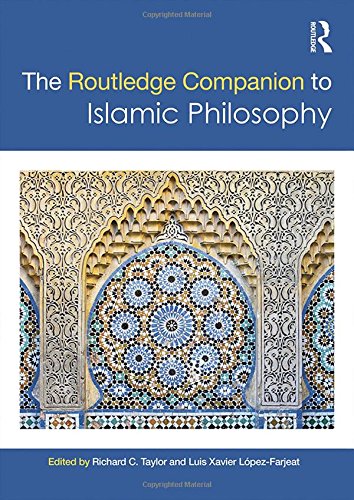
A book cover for The Routledge Companion to Islamic Philosophy (Routledge Philosophy Companions); Religion & Spirituality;